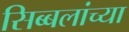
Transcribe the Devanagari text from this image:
सिब्बलांच्या